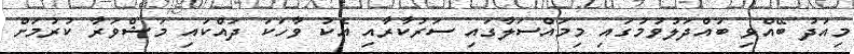
މިއަދު ބޭއްވި ބައްދަލުވުމުގައި މިމައްސަލާގައި ސަރުކާރާއި އެކު ވާހަކަ ދައްކައި މަޝްވަރާ ކުރުމަށް